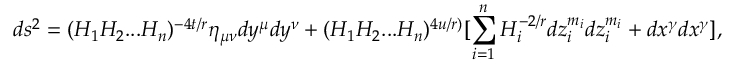
d s ^ { 2 } = ( H _ { 1 } H _ { 2 } . . . H _ { n } ) ^ { - 4 t / r } \eta _ { \mu \nu } d y ^ { \mu } d y ^ { \nu } + ( H _ { 1 } H _ { 2 } . . . H _ { n } ) ^ { 4 u / r ) } [ \sum _ { i = 1 } ^ { n } H _ { i } ^ { - 2 / r } d z _ { i } ^ { m _ { i } } d z _ { i } ^ { m _ { i } } + d x ^ { \gamma } d x ^ { \gamma } ] ,